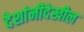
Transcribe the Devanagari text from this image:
देशांनीदेखील